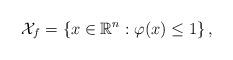
LaTeX: \begin{align*}\mathcal{X}_f=\{x \in \mathbb{R}^n: \varphi(x) \leq 1\}\, ,\end{align*}